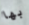
بها